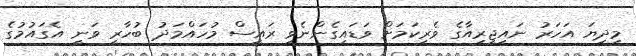
މިދިޔަ އަހަރު ނައިޖީރިއާގެ ވެރިކަމަށް ވަޑައިގެންނެވި ރައީސް މުހައްމަދު ބުހާރީ ވަނީ އެގައުމުގެ